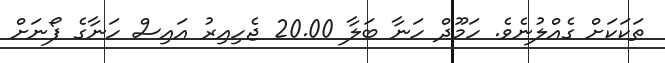
ތަކަކަށް ގެއްލުނެވެ. ހަމޫދް ހަނާ ބަލާ 20.00 ޖެހިއިރު އައިސް ހަނާގެ ފޯނަށް